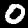
Label: 0